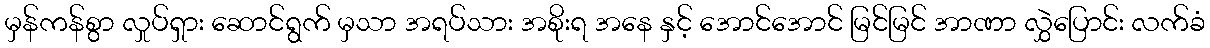
မှန်ကန်စွာ လှုပ်ရှား ဆောင်ရွက် မှသာ အရပ်သား အစိုးရ အနေ နှင့် အောင်အောင် မြင်မြင် အာဏာ လွှဲပြောင်း လက်ခံ